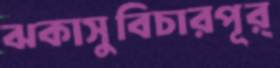
ঝকাসুবিচারপূর্